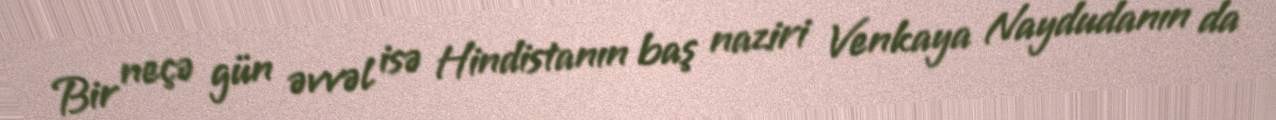
Bir neçə gün əvvəl isə Hindistanın baş naziri Venkaya Naydudanın da